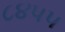
૮૪૫૫